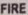
FIRE